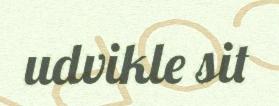
udvikle sit